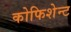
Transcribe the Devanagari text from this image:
कोफिशेन्ट